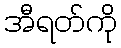
အီရတ်ကို